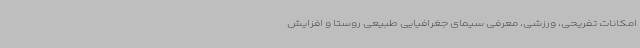
امکانات تفریحی، ورزشی، معرفی سیمای جغرافیایی طبیعی روستا و افزایش